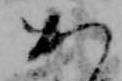
か